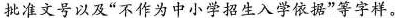
批准文号以及”不作为中小学招生入学依据”等字样。